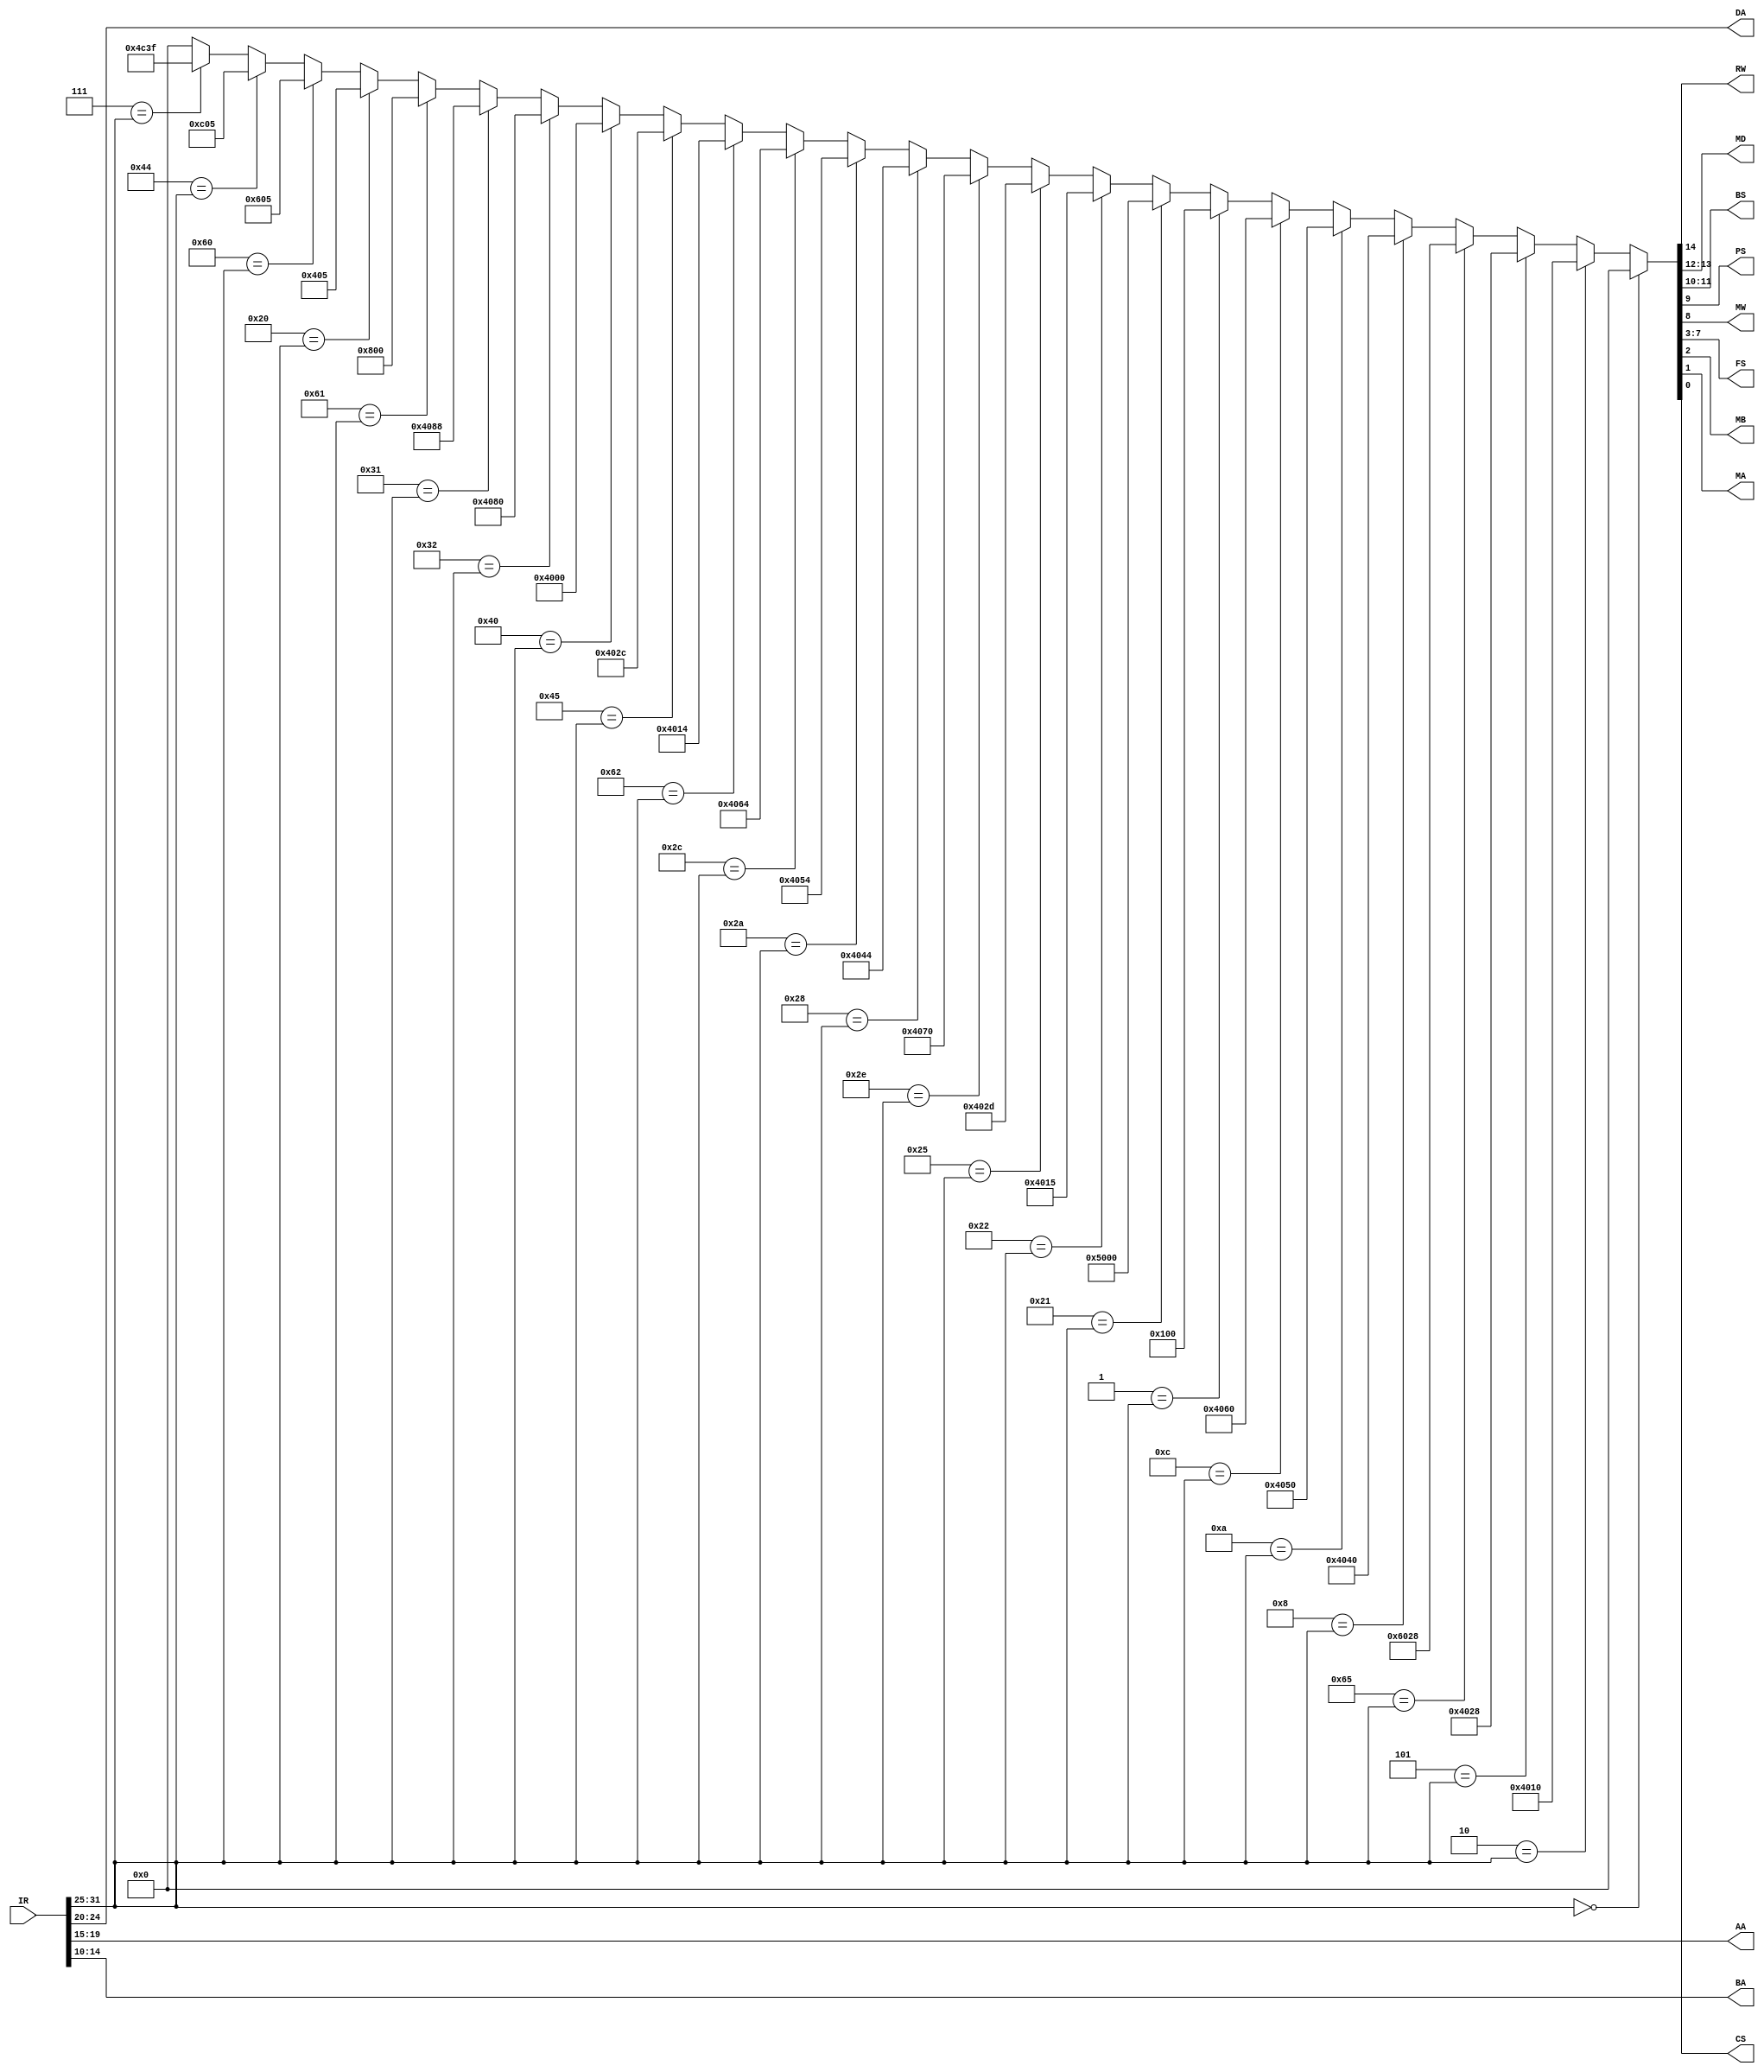
`timescale 1ns / 1ps
//////////////////////////////////////////////////////////////////////////////////
// Company: 
// Engineer: 
// 
// Design Name: 
// Module Name: InstructionDecoder
// Project Name: 
// Target Devices: 
// Tool Versions: 
// Description: 
// 
// Dependencies: 
// 
// Revision:
// Revision 0.01 - File Created
// Additional Comments:
// 
//////////////////////////////////////////////////////////////////////////////////


module InstructionDecoder(
    input [31:0] IR,
    output        RW,
    output  [4:0] DA,
    output  [1:0] MD,
    output  [1:0] BS,
    output        PS,
    output        MW,
    output  [4:0] FS,
    output        MB,
    output        MA,
    output  [4:0] AA,
    output  [4:0] BA,
    output        CS
    );
//set a parameter for opcode, set all the status bits here depending on adressing   
parameter NOP = 7'b0000000; //no op
parameter ADD = 7'b0000010;
parameter SUB = 7'b0000101;
parameter SLT = 7'b1100101;//set if less than
parameter AND = 7'b0001000;
parameter OR  = 7'b0001010;
parameter XOR = 7'b0001100;
parameter ST  = 7'b0000001; //store
parameter LD  = 7'b0100001;
parameter ADI = 7'b0100010;
parameter SBI = 7'b0100101;
parameter NOT = 7'b0101110;
parameter ANI = 7'b0101000;
parameter ORI = 7'b0101010;
parameter XRI = 7'b0101100;
parameter AIU = 7'b1100010;
parameter SIU = 7'b1000101;
parameter MOV = 7'b1000000;
parameter LSL = 7'b0110010;
parameter LSR = 7'b0110001;
parameter JMR = 7'b1100001;
parameter BZ  = 7'b0100000;
parameter BNZ = 7'b1100000;
parameter JMP = 7'b1000100;
parameter JML = 7'b0000111;
wire [21:0] lookup [24:0];
assign lookup[0]=	{NOP	 ,1'b0	,2'b00	,2'b00	,1'b0	,1'b0	,5'b00000	,1'b0	,1'b0	,1'b0	};
assign lookup[1]=	{ADD	 ,1'b1	,2'b00	,2'b00	,1'b0	,1'b0	,5'b00010	,1'b0	,1'b0	,1'b0	};
assign lookup[2]=	{SUB	 ,1'b1	,2'b00	,2'b00	,1'b0	,1'b0	,5'b00101	,1'b0	,1'b0	,1'b0	};
assign lookup[3]=	{SLT	 ,1'b1	,2'b10	,2'b00	,1'b0	,1'b0	,5'b00101	,1'b0	,1'b0	,1'b0	};
assign lookup[4]=	{AND	 ,1'b1	,2'b00	,2'b00	,1'b0	,1'b0	,5'b01000	,1'b0	,1'b0	,1'b0	};
assign lookup[5]=	{OR	     ,1'b1	,2'b00	,2'b00	,1'b0	,1'b0	,5'b01010	,1'b0	,1'b0	,1'b0	};
assign lookup[6]=	{XOR	 ,1'b1	,2'b00	,2'b00	,1'b0	,1'b0	,5'b01100	,1'b0	,1'b0	,1'b0	};
assign lookup[7]=	{ST	     ,1'b0	,2'b00	,2'b00	,1'b0	,1'b1	,5'b00000	,1'b0	,1'b0	,1'b0	};
assign lookup[8]=	{LD	     ,1'b1	,2'b01	,2'b00	,1'b0	,1'b0	,5'b00000	,1'b0	,1'b0	,1'b0	};
assign lookup[9]=	{ADI	 ,1'b1	,2'b00	,2'b00	,1'b0	,1'b0	,5'b00010	,1'b1	,1'b0	,1'b1	};
assign lookup[10]=	{SBI	 ,1'b1	,2'b00	,2'b00	,1'b0	,1'b0	,5'b00101	,1'b1	,1'b0	,1'b1	};
assign lookup[11]=	{NOT	 ,1'b1	,2'b00	,2'b00	,1'b0	,1'b0	,5'b01110	,1'b0	,1'b0	,1'b0	};
assign lookup[12]=	{ANI	 ,1'b1	,2'b00	,2'b00	,1'b0	,1'b0	,5'b01000	,1'b1	,1'b0	,1'b0	};
assign lookup[13]=	{ORI	 ,1'b1	,2'b00	,2'b00	,1'b0	,1'b0	,5'b01010	,1'b1	,1'b0	,1'b0	};
assign lookup[14]=	{XRI	 ,1'b1	,2'b00	,2'b00	,1'b0	,1'b0	,5'b01100	,1'b1	,1'b0	,1'b0	};
assign lookup[15]=	{AIU	 ,1'b1	,2'b00	,2'b00	,1'b0	,1'b0	,5'b00010	,1'b1	,1'b0	,1'b0	};
assign lookup[16]=	{SIU	 ,1'b1	,2'b00	,2'b00	,1'b0	,1'b0	,5'b00101	,1'b1	,1'b0	,1'b0	};
assign lookup[17]=	{MOV	 ,1'b1	,2'b00	,2'b00	,1'b0	,1'b0	,5'b00000	,1'b0	,1'b0	,1'b0	};
assign lookup[18]=	{LSL	 ,1'b1	,2'b00	,2'b00	,1'b0	,1'b0	,5'b10000	,1'b0	,1'b0	,1'b0	};
assign lookup[19]=	{LSR	 ,1'b1	,2'b00	,2'b00	,1'b0	,1'b0	,5'b10001	,1'b0	,1'b0	,1'b0	};
assign lookup[20]=	{JMR	 ,1'b0	,2'b00	,2'b10	,1'b0	,1'b0	,5'b00000	,1'b0	,1'b0	,1'b0	};
assign lookup[21]=	{BZ	     ,1'b0	,2'b00	,2'b01	,1'b0	,1'b0	,5'b00000	,1'b1	,1'b0	,1'b1	};
assign lookup[22]=	{BNZ	 ,1'b0	,2'b00	,2'b01	,1'b1	,1'b0	,5'b00000	,1'b1	,1'b0	,1'b1	};
assign lookup[23]=	{JMP	 ,1'b0	,2'b00	,2'b11	,1'b0	,1'b0	,5'b00000	,1'b1	,1'b0	,1'b1	};
assign lookup[24]=	{JML	 ,1'b1	,2'b00	,2'b11	,1'b0	,1'b0	,5'b00111	,1'b1	,1'b1	,1'b1	};
assign {RW,MD,BS,PS,MW,FS,MB,MA,CS}=(lookup[0][21:15]==IR[31:25])?(lookup[0][14:0]): //if opcode matches IR opcode, assign bits
                                    (lookup[1][21:15]==IR[31:25])?(lookup[1][14:0]):
                                    (lookup[2][21:15]==IR[31:25])?(lookup[2][14:0]):
                                    (lookup[3][21:15]==IR[31:25])?(lookup[3][14:0]):
                                    (lookup[4][21:15]==IR[31:25])?(lookup[4][14:0]):
                                    (lookup[5][21:15]==IR[31:25])?(lookup[5][14:0]):
                                    (lookup[6][21:15]==IR[31:25])?(lookup[6][14:0]):
                                    (lookup[7][21:15]==IR[31:25])?(lookup[7][14:0]):
                                    (lookup[8][21:15]==IR[31:25])?(lookup[8][14:0]):
                                    (lookup[9][21:15]==IR[31:25])?(lookup[9][14:0]):
                                    (lookup[10][21:15]==IR[31:25])?(lookup[10][14:0]):
                                    (lookup[11][21:15]==IR[31:25])?(lookup[11][14:0]):
                                    (lookup[12][21:15]==IR[31:25])?(lookup[12][14:0]):
                                    (lookup[13][21:15]==IR[31:25])?(lookup[13][14:0]):
                                    (lookup[14][21:15]==IR[31:25])?(lookup[14][14:0]):
                                    (lookup[15][21:15]==IR[31:25])?(lookup[15][14:0]):
                                    (lookup[16][21:15]==IR[31:25])?(lookup[16][14:0]):
                                    (lookup[17][21:15]==IR[31:25])?(lookup[17][14:0]):
                                    (lookup[18][21:15]==IR[31:25])?(lookup[18][14:0]):
                                    (lookup[19][21:15]==IR[31:25])?(lookup[19][14:0]):
                                    (lookup[20][21:15]==IR[31:25])?(lookup[20][14:0]):
                                    (lookup[21][21:15]==IR[31:25])?(lookup[21][14:0]):
                                    (lookup[22][21:15]==IR[31:25])?(lookup[22][14:0]):
                                    (lookup[23][21:15]==IR[31:25])?(lookup[23][14:0]):
                                    (lookup[24][21:15]==IR[31:25])?(lookup[24][14:0]):
                                     14'b0;
assign DA=IR[24:20];
assign AA=IR[19:15];
assign BA=IR[14:10];
endmodule